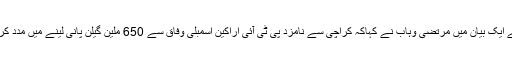
اپنے ایک بیان میں مرتضی وہاب نے کہاکہ کراچی سے نامزد پی ٹی آئی اراکین اسمبلی وفاق سے 650 ملین گیلن پانی لینے میں مدد کریں۔